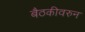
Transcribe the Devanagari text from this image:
बैठकीवरुन